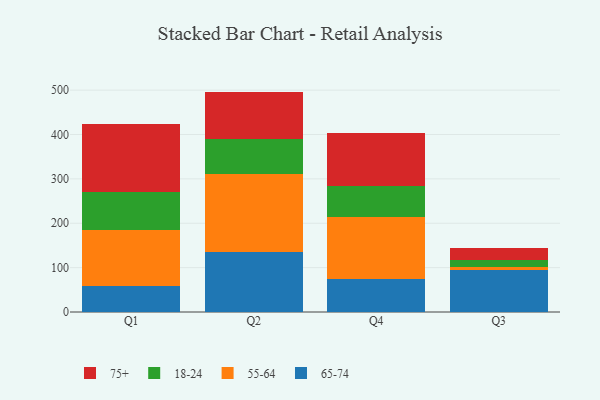
{"axis": {"x": "Quarter", "y": "Satisfaction Score"}, "legend": ["18-24", "55-64", "65-74", "75+"], "data": [{"x": "Q1", "y": 58.6, "type": "65-74"}, {"x": "Q1", "y": 125.6, "type": "55-64"}, {"x": "Q1", "y": 85.4, "type": "18-24"}, {"x": "Q1", "y": 153.4, "type": "75+"}, {"x": "Q2", "y": 135.7, "type": "65-74"}, {"x": "Q2", "y": 174.2, "type": "55-64"}, {"x": "Q2", "y": 80.5, "type": "18-24"}, {"x": "Q2", "y": 106.3, "type": "75+"}, {"x": "Q4", "y": 73.4, "type": "65-74"}, {"x": "Q4", "y": 141.3, "type": "55-64"}, {"x": "Q4", "y": 68.4, "type": "18-24"}, {"x": "Q4", "y": 119.5, "type": "75+"}, {"x": "Q3", "y": 95.4, "type": "65-74"}, {"x": "Q3", "y": 7.1, "type": "55-64"}, {"x": "Q3", "y": 14.1, "type": "18-24"}, {"x": "Q3", "y": 27.4, "type": "75+"}]}